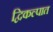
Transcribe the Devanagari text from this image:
द्विकल्पात